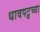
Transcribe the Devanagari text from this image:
धावपटूच्या